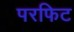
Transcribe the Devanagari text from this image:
परफिट